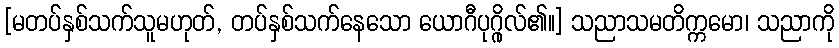
[မတပ်နှစ်သက်သူမဟုတ်, တပ်နှစ်သက်နေသော ယောဂီပုဂ္ဂိုလ်၏။] သညာသမတိက္ကမော၊ သညာကို